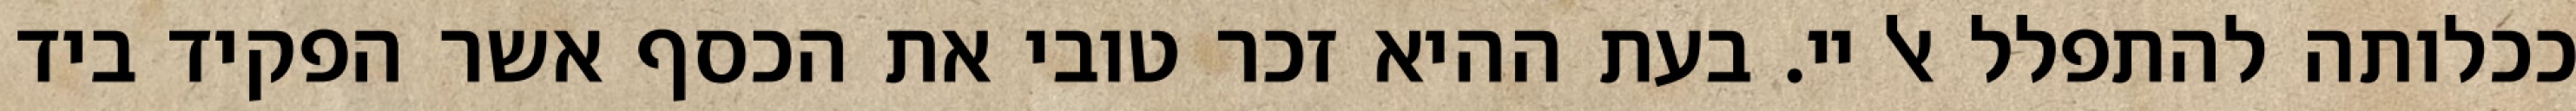
ככלותה להתפלל אל יי. בעת ההיא זכר טובי את הכסף אשר הפקיד ביד